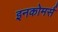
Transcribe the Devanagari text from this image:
इनकोमर्स